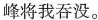
峰将我吞没。